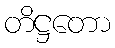
တိဋ္ဌတော